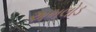
અભલોડ